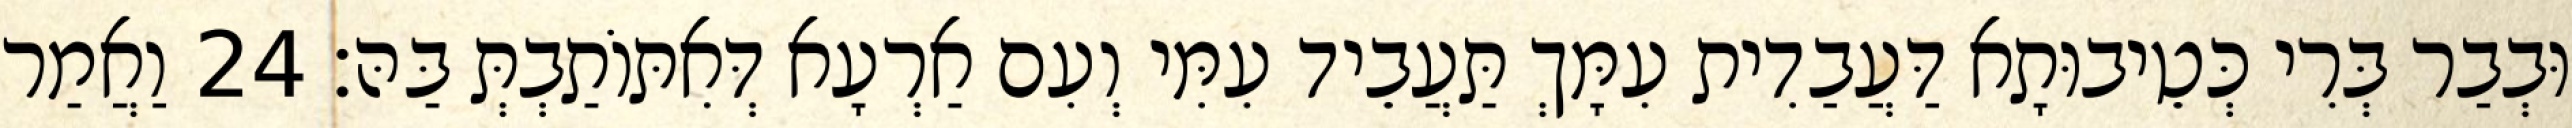
וּבְבַר בְּרִי כְּטֵיבוּתָא דַּעֲבַדִית עִמָּךְ תַּעֲבֵיד עִמִּי וְעִם אַרְעָא דְּאִתּוֹתַבְתְּ בַּהּ׃ 24 וַאֲמַר